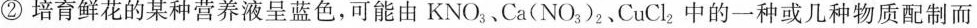
②培育鲜花的某种营养液呈蓝色，可能由KNO_{3}、Ca(NO_{3})_{2}、CuCl_{2}中的一种或几种物质配制而